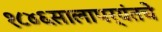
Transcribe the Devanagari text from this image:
१८४६सालापर्यंतचे